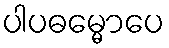
ပါပဓမ္မောပေ